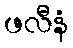
ဖလီနံ